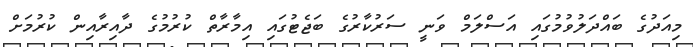
މިއަދުގެ ބައްދަލުވުމުގައި އަސްލަމް ވަނީ ސަރުކާރުގެ ބަޖެޓުގައި އިމާރާތް ކުރުމުގެ ދާއިރާއިން ކުރުމަށް